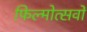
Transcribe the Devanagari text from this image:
फिल्मोत्सवों